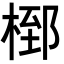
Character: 𭪸